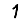
Digit: 1